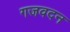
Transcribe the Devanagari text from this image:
गजवदन